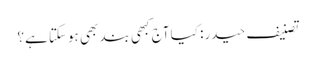
تصنیف حیدر: کیا آج کبھی بند بھی ہوسکتا ہے؟